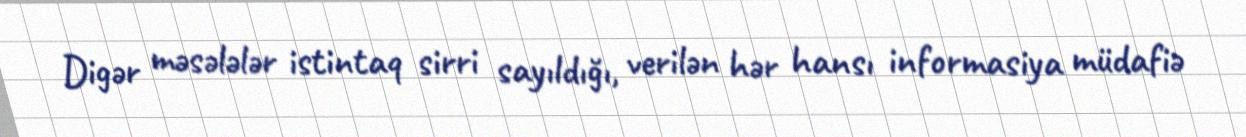
Digər məsələlər istintaq sirri sayıldığı, verilən hər hansı informasiya müdafiə